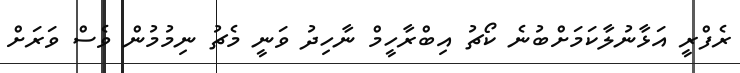
ރެފްރީ އަޅާނުލާކަމަށްބުނެ ކޯޗު އިބްރާހީމް ނާހިދު ވަނީ މެޗު ނިމުމުން ވެސް ވަރަށް